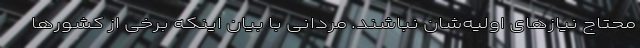
محتاج نیاز‌های اولیه‌شان نباشند. مردانی با بیان اینکه برخی از کشور‌ها